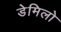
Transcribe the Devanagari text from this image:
डेमिलो